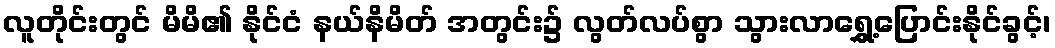
လူတိုင်းတွင် မိမိ၏ နိုင်ငံ နယ်နိမိတ် အတွင်း၌ လွတ်လပ်စွာ သွားလာရွှေ့ပြောင်းနိုင်ခွင့်၊